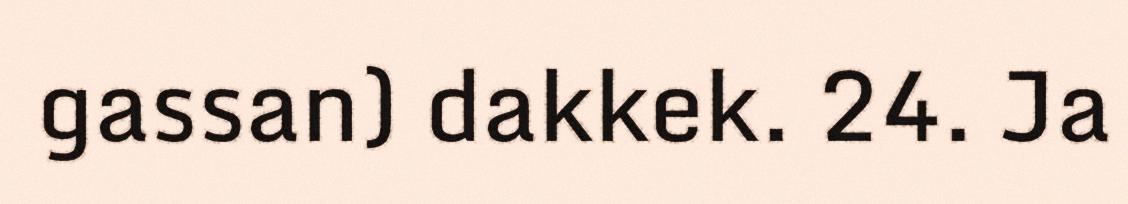
gassan) dakkek. 24. Ja